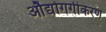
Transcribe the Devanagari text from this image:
औद्योगगीकरण